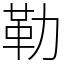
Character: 勒